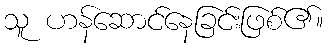
သူ ဟန်ဆောင်နေခြင်းဖြစ်၏။